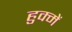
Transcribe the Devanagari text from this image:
हुक्में